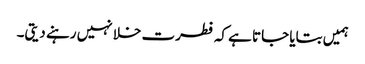
ہمیں بتایا جاتا ہے کہ فطرت خلا نہیں رہنے دیتی۔